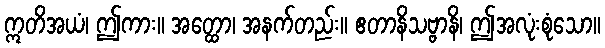
ဣတိအယံ၊ ဤကား။ အတ္ထော၊ အနက်တည်း။ ဧတာနိသဗ္ဗာနိ၊ ဤအလုံးစုံသော။